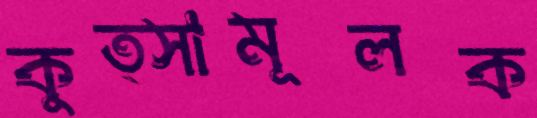
কুত্সামূলক